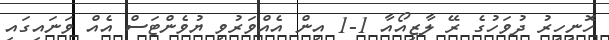
ހޮނިހިރު ދުވަހުގެ ރޭ ލާޒިއޯއާ 1-1 އިން އެއްވަރުވި ޔުވެންޓަސް އެއް ވަނައިގައި